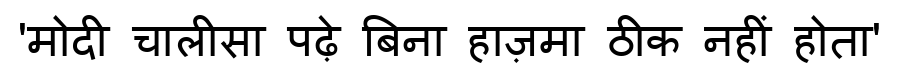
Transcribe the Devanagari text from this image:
'मोदी चालीसा पढ़े बिना हाज़मा ठीक नहीं होता'